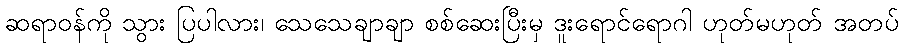
ဆရာဝန်ကို သွား ပြပါလား၊ သေသေချာချာ စစ်ဆေးပြီးမှ ဒူးရောင်ရောဂါ ဟုတ်မဟုတ် အတပ်